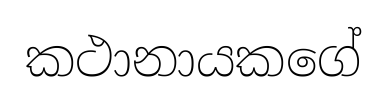
කථානායකගේ